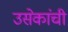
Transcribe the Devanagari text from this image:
उसेकांची